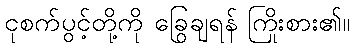
ငုစက်ပွင့်တို့ကို ခြွေချရန် ကြိုးစား၏။